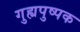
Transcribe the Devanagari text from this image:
गुह्यपुष्पक